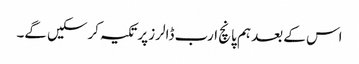
اس کے بعد ہم پانچ ارب ڈالرز پر تکیہ کرسکیں گے۔